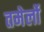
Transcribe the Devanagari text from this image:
तमेर्लो